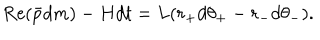
\mathrm { R e } ( \bar { p } d m ) - H d t = L ( r _ { + } d \theta _ { + } - r _ { - } d \theta _ { - } ) .